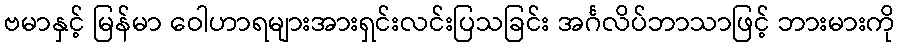
ဗမာနှင့် မြန်မာ ဝေါဟာရများအားရှင်းလင်းပြသခြင်း အင်္ဂလိပ်ဘာသာဖြင့် ဘားမားကို